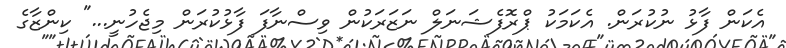
އެކަން ފާޅު ނުކުރަން. އެކަމަކު ޕްރޮފެޝަނަލް ނަޒަރަކުން ވިސްނާފަ ފާޅުކުރަން މިޖެހުނީ..." ކިންޒާގެ